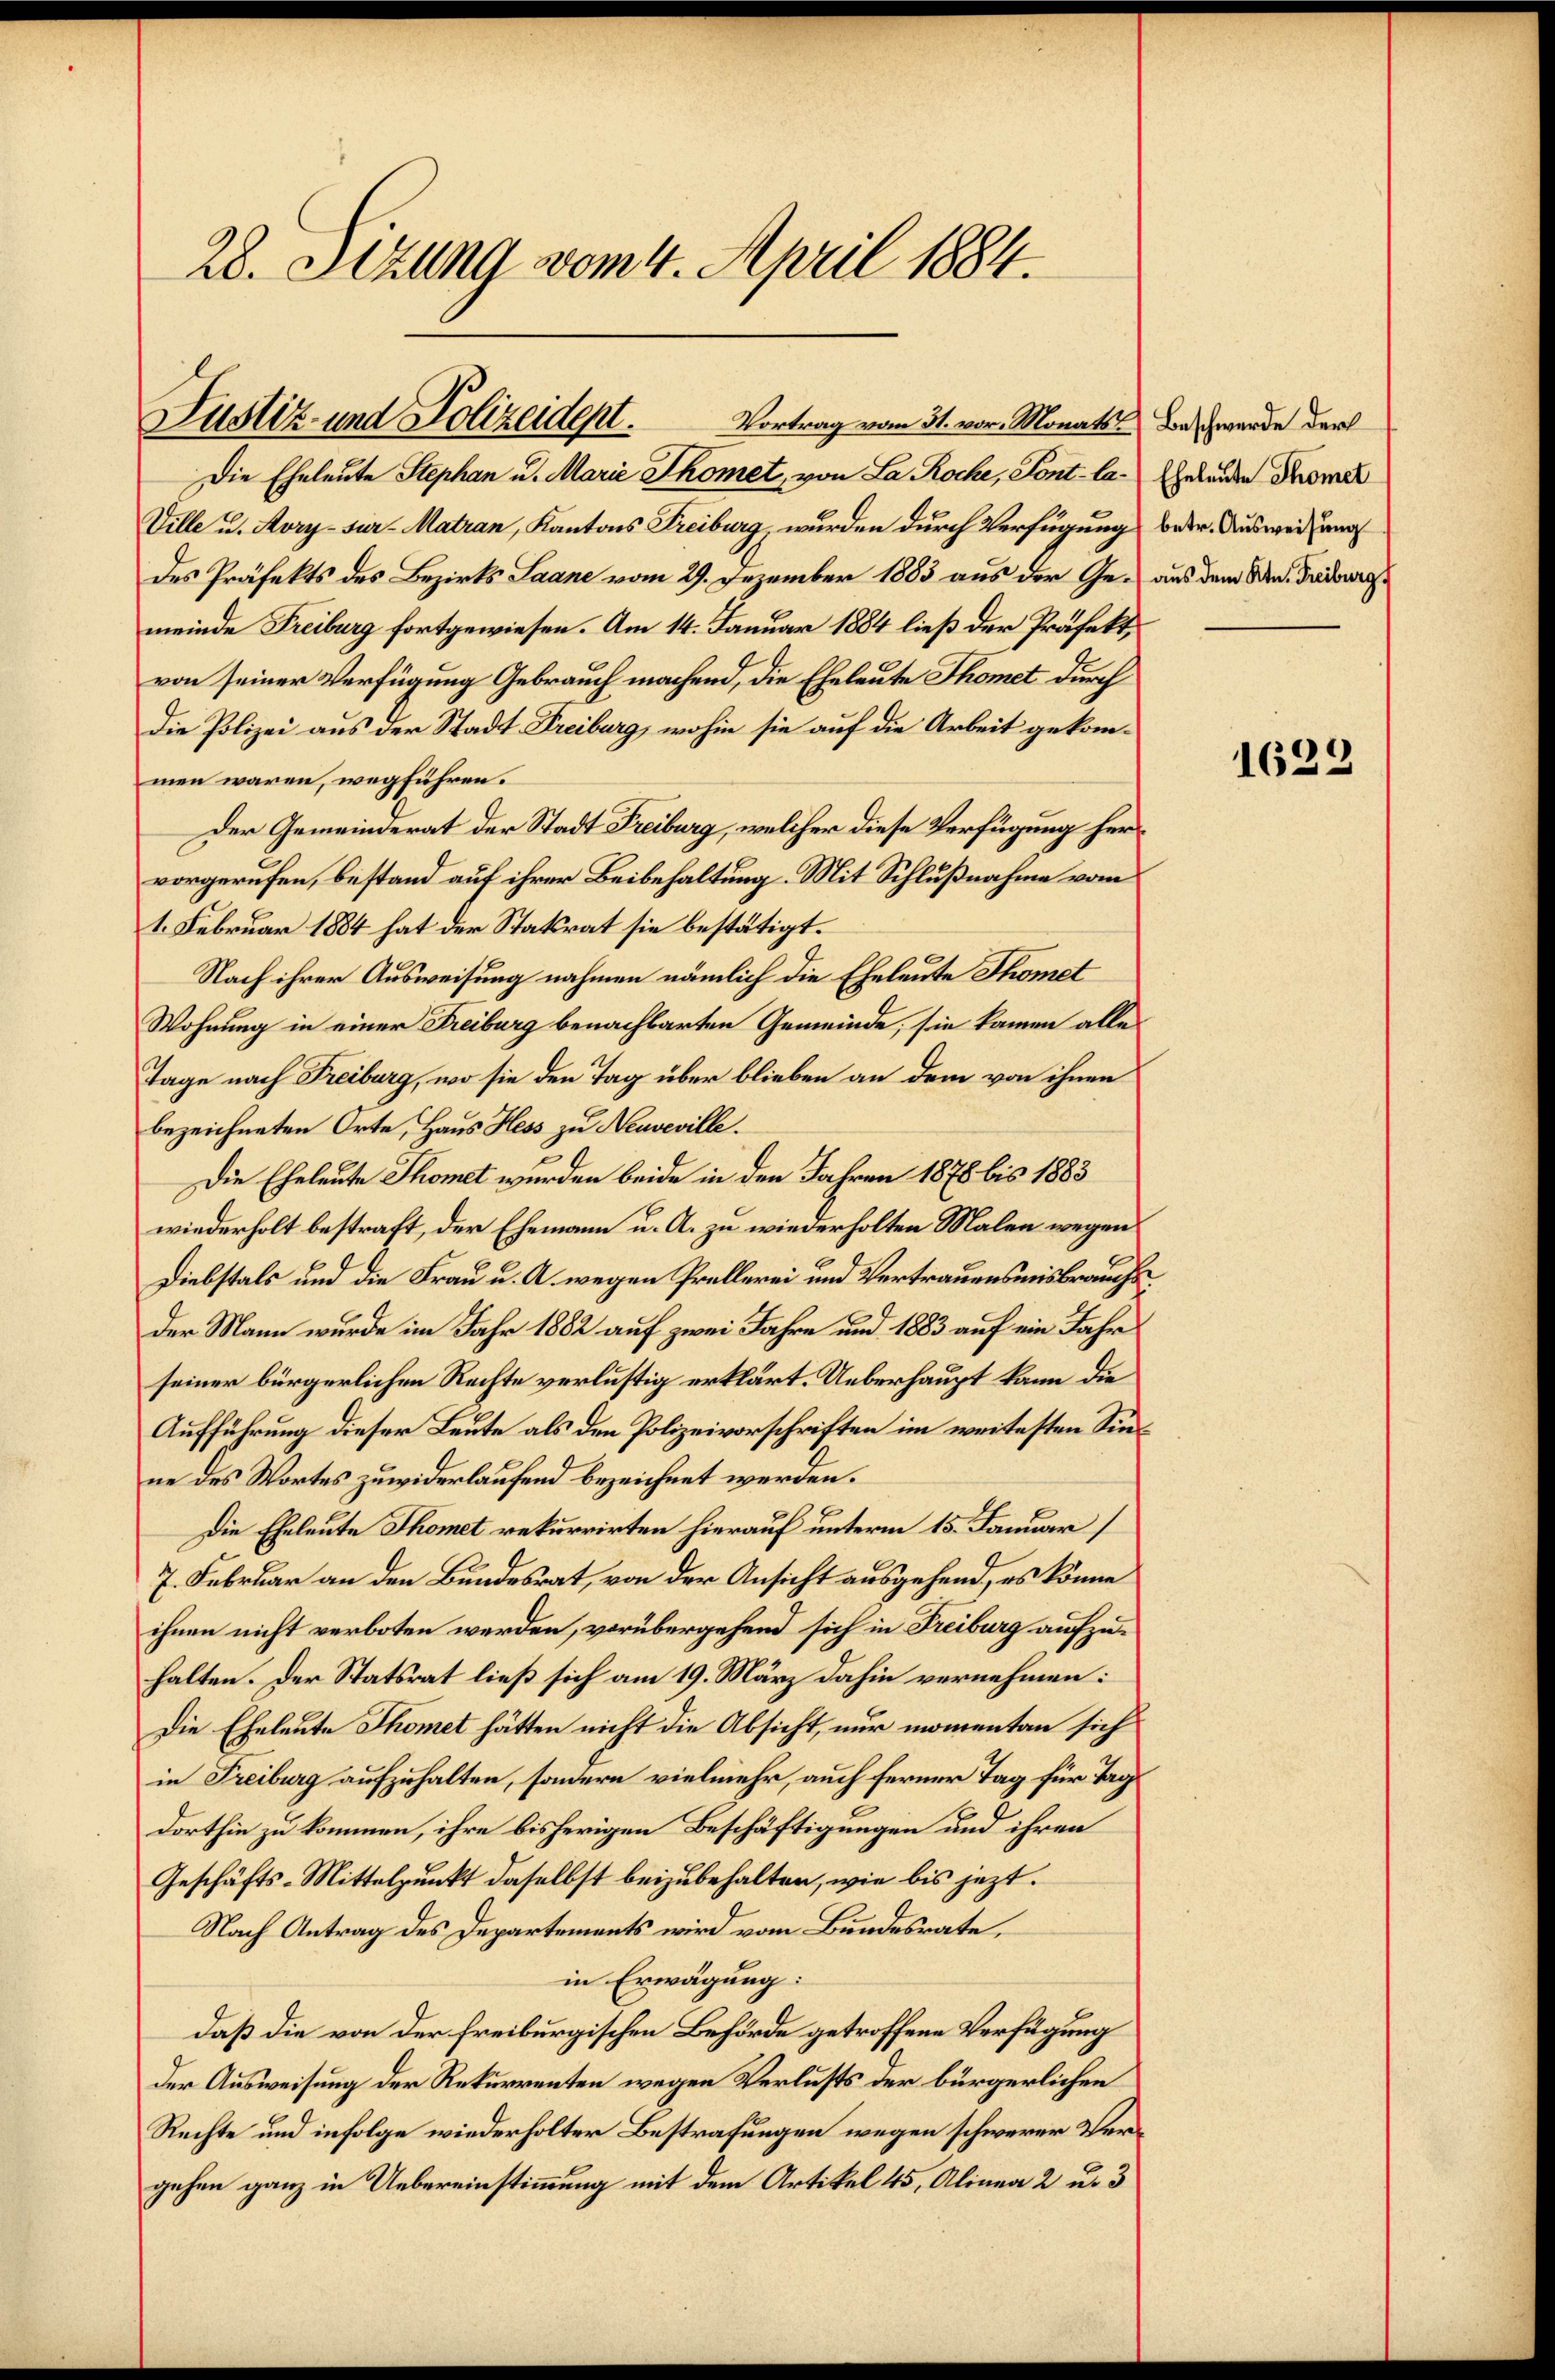
28. Setzung vom 4. April 1884.

Justiz- und Polizeidert.
Vortrag vom 31. vor. Monats Beschwerde der

Die Eheleute Stephan u. Marie Thomet, von La Roche, Pont-Ca-Geleiden Pomer
Ville u. Aory-Sur-Matran, Kantons Freiburg, wurden durch Verfügung beer. Ausweisung
Des Präfekts des Bezirks Saane vom 29. Dezember 1883 aus der Ge- aus dem A. Freiburg
meinde Freiburg fortgewiesen. Am 14. Januar 1884 ließ der Präfekt,
von seiner Verfügung Gebrauch machend, die Eheleute Thomet durch
Die Polizei aus der Stadt Freiburg, wohin sie auf die Arbeit gekommen waren, wegführen.
Der Gemeinderat der Stadt Freiburg, welcher diese Verfügung hervorgerufen, bestand auf ihrer Beibehaltung. Mit Schlußnahme vom
1. Februar 1884 hat der Statsrat sie bestätigt.
Nach ihrer Ausweisung nahmen nämlich die Eheleute Thomet
Wohnung in einer Freiburg benachbarten Gemeinde, sie kamen alle
Tage nach Freiburg, wo sie den Tag über blieben an dem von ihnen
bezeichneten Orte, Haus Hess zu Neuveville.
Die Eheleute Thomet wurden beide in den Jahren 1878 bis 1883
wiederholt bestraft, der Ehemann u. A. zu wiederholten Malen wegen
Diebstals und die Frau u. A. wegen Prollerei und Vertrauensmisbrauchs
der Mann wurde im Jahr 1882 auf zwei Jahre und 1883 auf ein Jahr
seiner bürgerlichen Rechte verlustig erklärt. Ueberhaupt kann die
Aufführung dieser Leute als den Polizeivorschriften im weitesten Sinne des Wortes zuwiderlaufend bezeichnet werden.
Die Eheleute Thomet rekurrirten hierauf unterm 15. Januar
7. Februar an den Bundesrat, von der Ansicht ausgehend, es könne
ihnen nicht verboten werden, vorübergehend sich in Freiburg aufzuhalten. Der Statsrat ließ sich am 19. März dahin vernehmen:
Die Eheleute Thomet hätten nicht die Absicht, nur momentan sich
in Freiburg aufzuhalten, sondern vielmehr, auch ferner Tag für Tag
dorthin zu kommen, ihre bisherigen Beschäftigungen und ihren
Geschäfts-Mittelpunkt daselbst beizubehalten, wie bis jetzt.
Nach Antrag des Departements wird vom Bundesrate,
in Erwägung:
daß die von der Freiburgischen Behörde getroffene Verfügung
der Ausweisung der Rekurrenten wegen Verlusts der bürgerlichen
Rechte und infolge wiederholter Bestrafungen wegen schwerer Vergehen ganz in Uebereinstimmung mit dem Artikel 45, Alinea 2 u. 3

1622